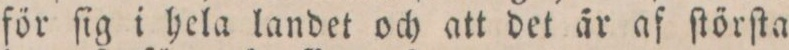
för ſig i hela landet och att det är af ſtörſta